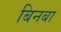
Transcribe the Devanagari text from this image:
बिनबा